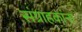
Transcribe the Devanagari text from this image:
संग्राहकांना